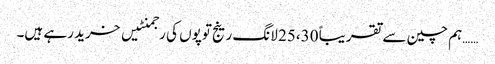
……ہم چین سے تقریباً 25،30 لانگ رینج توپوں کی رجمنٹیں خرید رہے ہیں۔